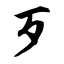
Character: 歹